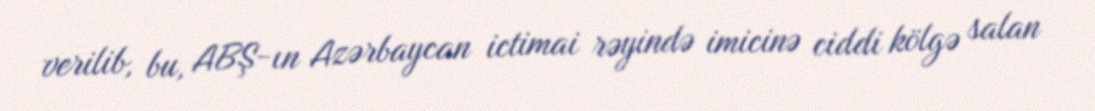
verilib, bu, ABŞ-ın Azərbaycan ictimai rəyində imicinə ciddi kölgə salan